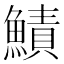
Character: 鰿